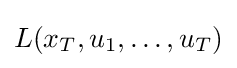
L(x_{T},u_{1},\dots ,u_{T})